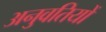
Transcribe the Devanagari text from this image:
अनुवतियों